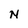
Character: N